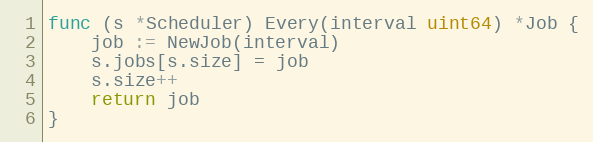
Language: Go
func (s *Scheduler) Every(interval uint64) *Job {
	job := NewJob(interval)
	s.jobs[s.size] = job
	s.size++
	return job
}